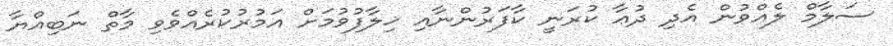
ސަލާމް ލެއްވުން އެދި ދުޢާ ކުރަނީ ކާފަރުންނާއި ޚިލާފުވުމަށް އަމުރުކުރެއްވެވި މާތް ނަބިއްޔާ